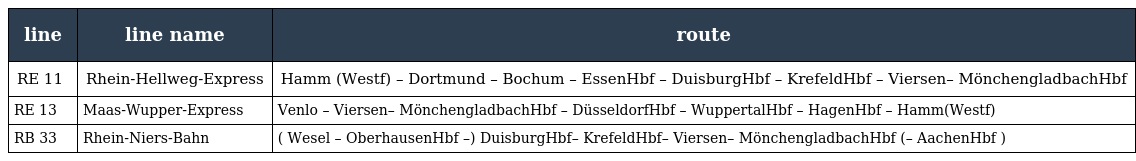
| line | line name | route |
 | --- | --- | --- |
 | RE 11 | Rhein-Hellweg-Express | Hamm (Westf) – Dortmund – Bochum – EssenHbf – DuisburgHbf – KrefeldHbf – Viersen– MönchengladbachHbf |
 | RE 13 | Maas-Wupper-Express | Venlo – Viersen– MönchengladbachHbf – DüsseldorfHbf – WuppertalHbf – HagenHbf – Hamm(Westf) |
 | RB 33 | Rhein-Niers-Bahn | ( Wesel – OberhausenHbf –) DuisburgHbf– KrefeldHbf– Viersen– MönchengladbachHbf (– AachenHbf ) |